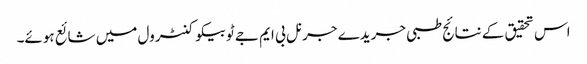
اس تحقیق کے نتائج طبی جریدے جرنل بی ایم جے ٹوبیکو کنٹرول میں شائع ہوئے۔